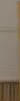
.